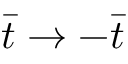
\bar { t } \to - \bar { t }